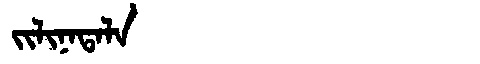
Manchu: ᠵᡳᠯᡳᠨᠠᡨᠠᠯᠠ
Romanization: JILINATALA